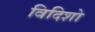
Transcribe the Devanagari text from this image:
विदिशो